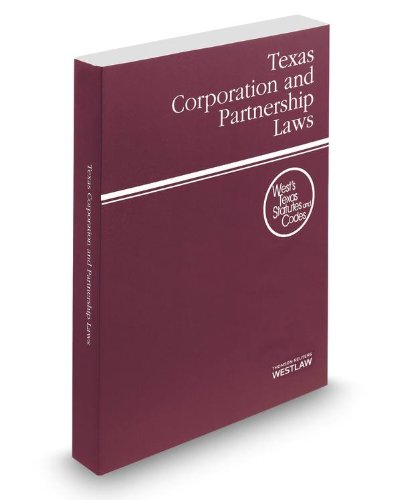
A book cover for Texas Corporation and Partnership Laws, 2014 ed. (West'sÂ® Texas Statutes and Codes); Thomson West; Law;